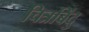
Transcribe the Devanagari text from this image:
चित्रबिंदु